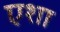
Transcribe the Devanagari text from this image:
एशा